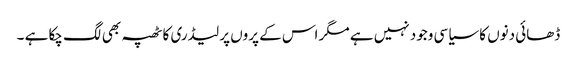
ڈھائی دنوں کا سیاسی وجود نہیں ہے مگر اس کے پروں پر لیڈری کا ٹھپہ بھی لگ چکا ہے ۔